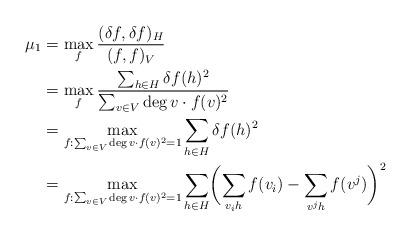
LaTeX: \begin{align*}\mu_1&=\max_{f}\frac{(\delta f,\delta f)_H}{(f,f)_V}\\&=\max_{f}\frac{\sum_{h\in H}\delta f(h)^2}{\sum_{v\in V}\deg v\cdot f(v)^2}\\&=\max_{f:\sum_{v\in V}\deg v\cdot f(v)^2=1}\sum_{h\in H}\delta f(h)^2\\&=\max_{f:\sum_{v\in V}\deg v\cdot f(v)^2=1}\sum_{h\in H}\biggl(\sum_{v_i h}f(v_i)-\sum_{v^j h}f(v^j)\biggr)^2\end{align*}